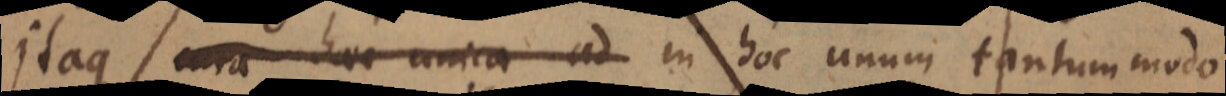
Itaque cura haec unica ad in hoc unum tantum modo